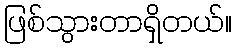
ဖြစ်သွားတာရှိတယ်။